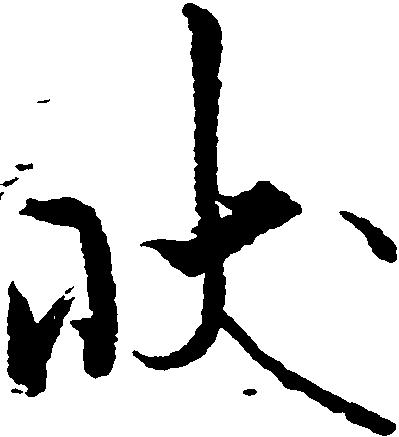
状